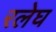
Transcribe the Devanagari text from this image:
रलेघ